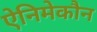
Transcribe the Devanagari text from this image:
ऐनिमेकौन